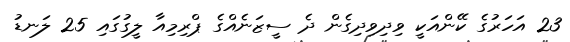
23 އަހަރުގެ ކޭންއަކީ ވިދިވިދިގެން ދެ ސީޒަނެއްގެ ޕްރިމިއާ ލީގުގައި 25 ލަނޑު